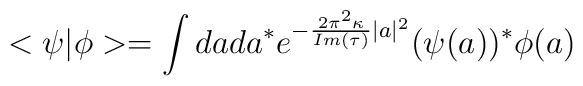
<\psi|\phi>=\int da da^* e^{-{2\pi^2\kappa\over Im(\tau)}|a|^2}(\psi(a))^*\phi(a)